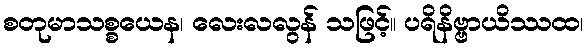
စတုမာသစ္စယေန၊ လေးလလွန် သဖြင့်။ ပရိနိဗ္ဗာယိဿထ၊